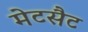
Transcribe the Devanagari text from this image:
मेटसैट